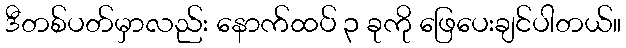
ဒီတစ်ပတ်မှာလည်း နောက်ထပ် ၃ ခုကို ဖြေပေးချင်ပါတယ်။